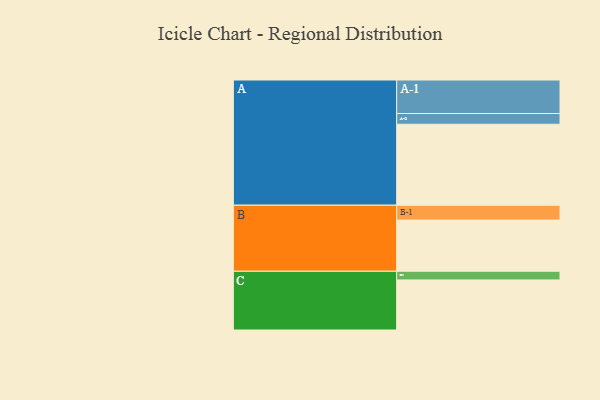
{"axis": {"x": "Segment", "y": "Value"}, "legend": ["", "A", "B", "C"], "data": [{"x": "A", "y": 587, "type": ""}, {"x": "B", "y": 371, "type": ""}, {"x": "C", "y": 363, "type": ""}, {"x": "A-1", "y": 243, "type": "A"}, {"x": "A-2", "y": 78, "type": "A"}, {"x": "B-1", "y": 108, "type": "B"}, {"x": "C-1", "y": 63, "type": "C"}]}